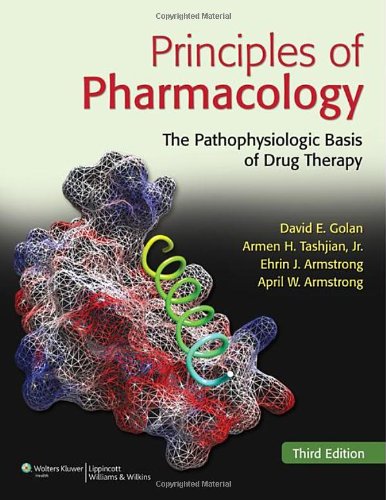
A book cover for Principles of Pharmacology: The Pathophysiologic Basis of Drug Therapy, 3rd Edition; David E. Golan; Medical Books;